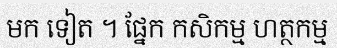
មក ទៀត ។ ផ្នែក កសិកម្ម ហត្ថកម្ម